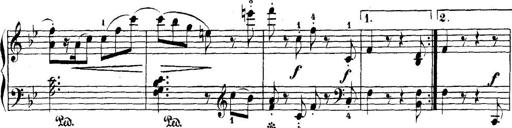
Title: 5 Sonatinas
Composer: Theodor Kirchner